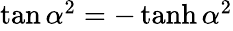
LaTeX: \begin{array}{r}{\tan\alpha^{2}=-\operatorname{tanh}\alpha^{2}}\end{array}